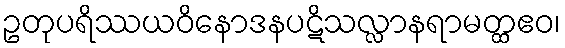
ဥတုပရိဿယဝိနောဒနပဋိသလ္လာနရာမတ္ထဧဝ၊